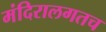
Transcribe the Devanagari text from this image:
मंदिरालगतच